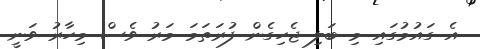
އެ ގައުމުގައި މި ބަލި ޖެހިގެން ފުރަތަމަ މަރު ވެސް މިހާރު ވަނީ